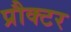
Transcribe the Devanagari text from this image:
प्रौक्टर